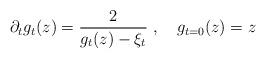
LaTeX: \begin{align*}\partial_t g_t(z)=\frac{2}{g_t(z)-\xi_t}\ ,\quad g_{t=0}(z)=z\end{align*}